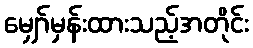
မျှော်မှန်းထားသည့်အတိုင်း